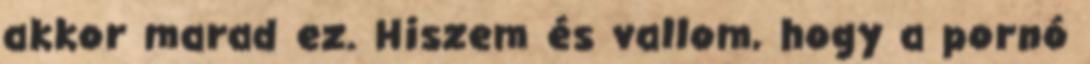
akkor marad ez. Hiszem és vallom, hogy a pornó